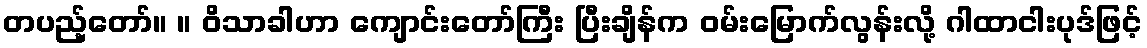
တပည့်တော်။ ။ ဝိသာခါဟာ ကျောင်းတော်ကြီး ပြီးချိန်က ဝမ်းမြောက်လွန်းလို့ ဂါထာငါးပုဒ်ဖြင့်